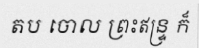
តប ចោល ព្រះឥន្ទ្រ ក៏